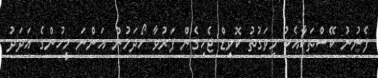
ފެނުނު ކޭސްތަކާއެކު މިވަގުތު ކޮވިޑް ޖެހިގެން ފަރުވާ ހޯދަމުން އަންނަ މީހުންގެ އަދަދު